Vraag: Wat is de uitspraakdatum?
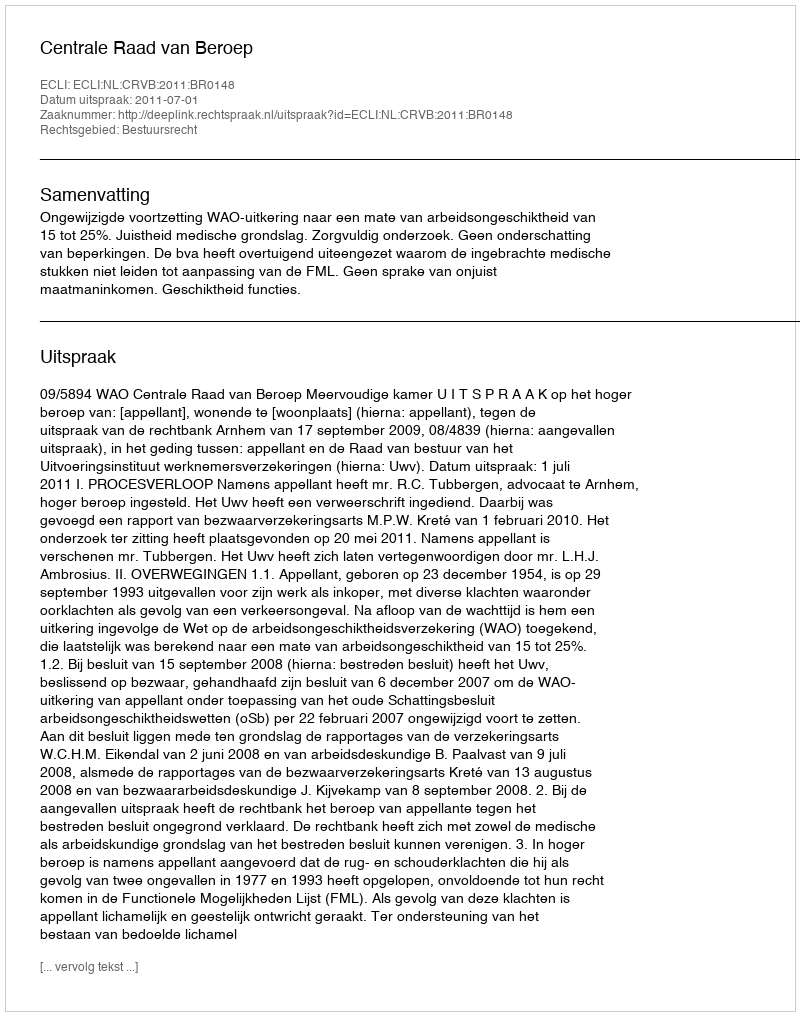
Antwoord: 2011-07-01